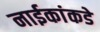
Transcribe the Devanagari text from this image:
नाईकांकडे